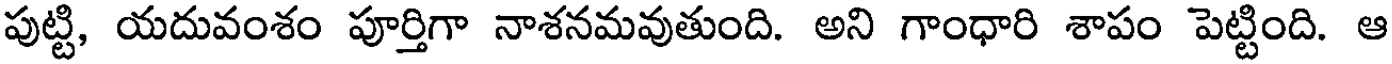
పుట్టి, యదువంశం పూర్తిగా నాశనమవుతుంది. అని గాంధారి శాపం పెట్టింది. ఆ